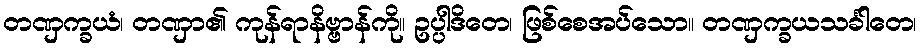
တဏှက္ခယံ၊ တဏှာ၏ ကုန်ရာနိဗ္ဗာန်ကို။ ဥပ္ပါဒိတေ၊ ဖြစ်စေအပ်သော။ တဏှက္ခယသင်္ခါတေ၊